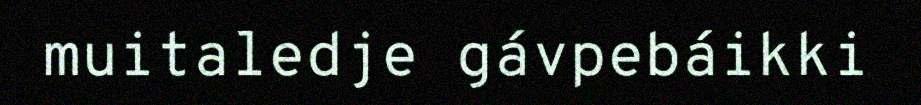
muitaledje gávpebáikki